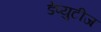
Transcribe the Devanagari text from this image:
डेप्युटीज